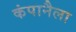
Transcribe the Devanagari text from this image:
कंपानैला